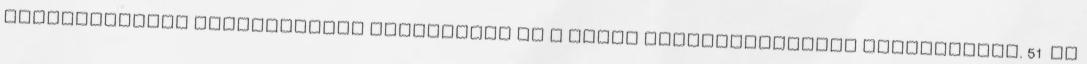
megnövekedett strukturális merevséget és a jóval lekerekítettebb formatervet. 51 Az